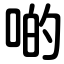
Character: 啲